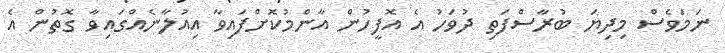
ނަމަވެސް މިދިޔަ ބުރާސްފަތި ދުވަހު އެ އޮފީހުން އާންމުކޮށްފައިވާ އިއުލާނެއްގައިވާ ގޮތުން އެ